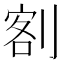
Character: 𭃺